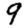
Digit: 9